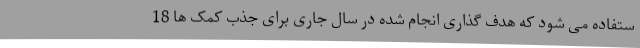
ستفاده می شود که هدف گذاری انجام شده در سال جاری برای جذب کمک ها 18